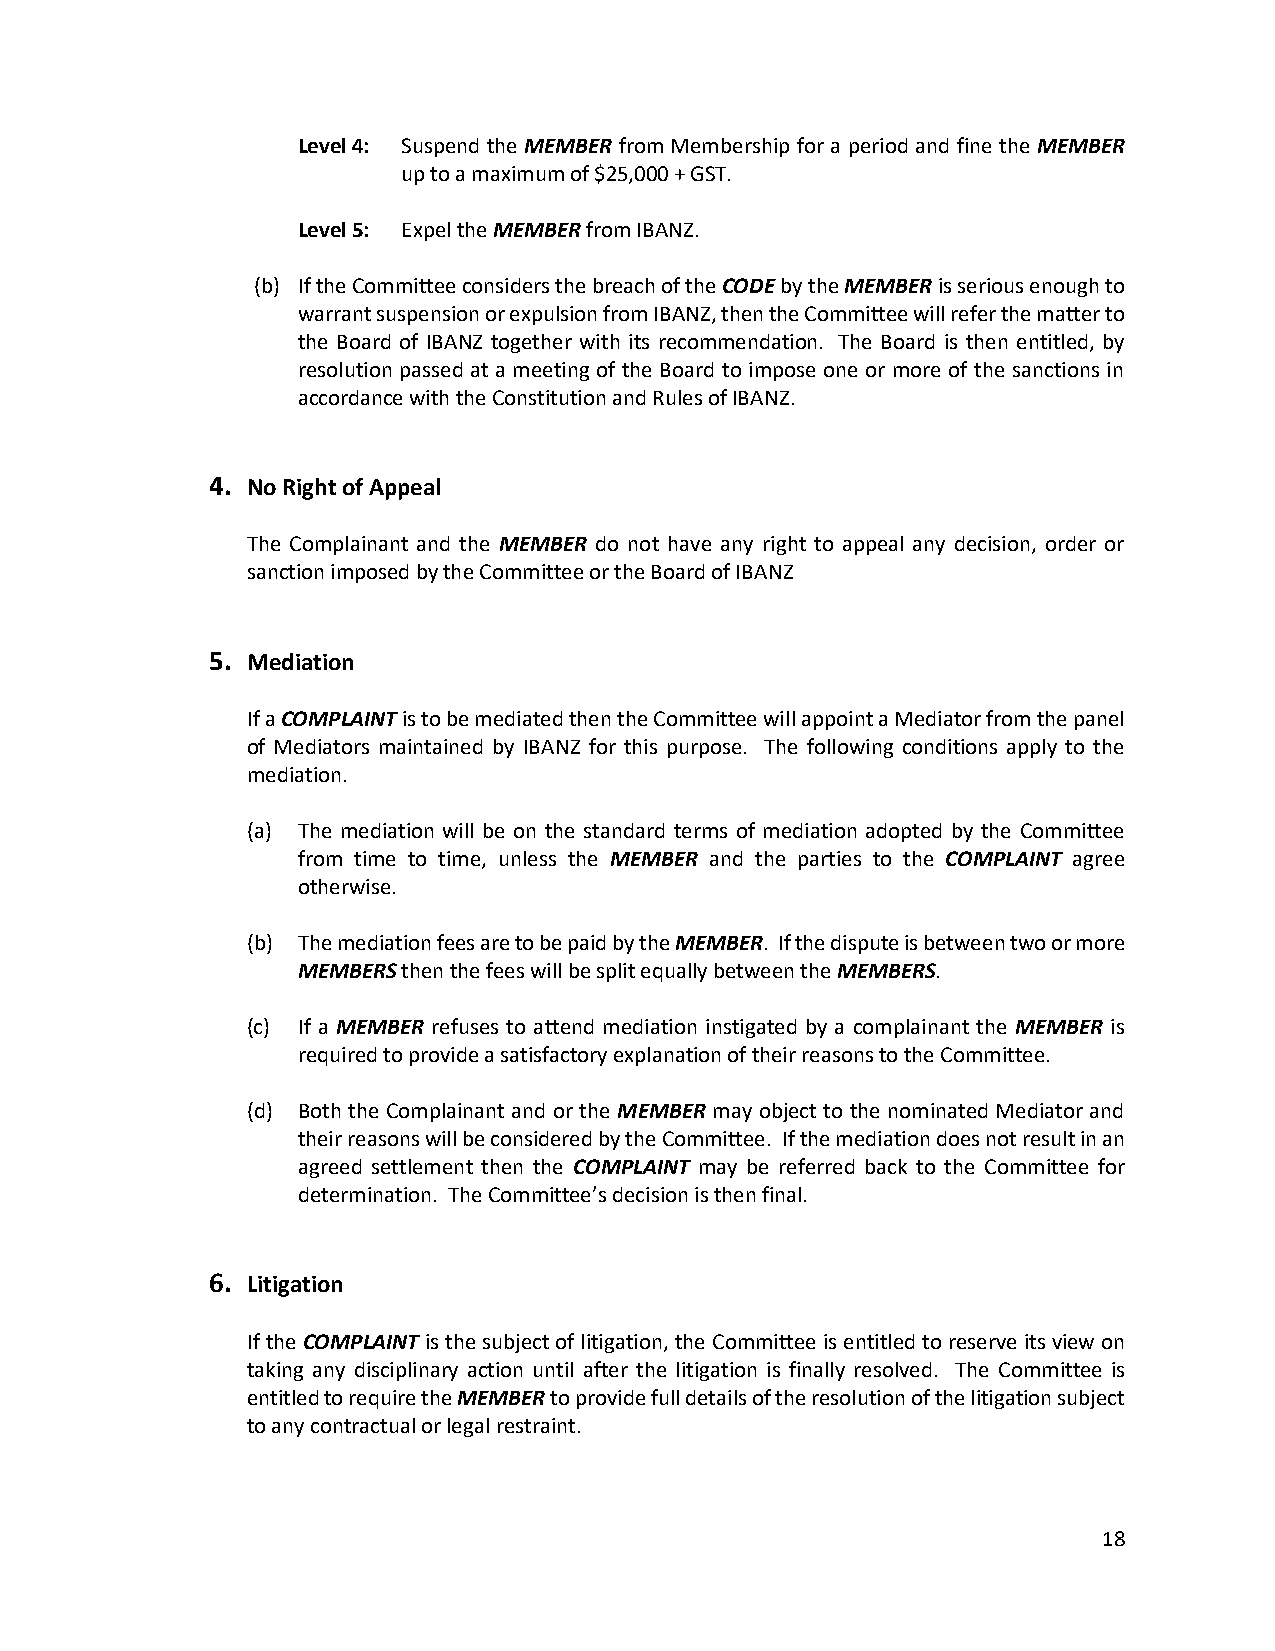
Level 4: Suspend the MEMBER from Membership for a period and fine the MEMBER
 up to a maximum of $25,000 + GST.
 Level 5: Expel the MEMBER from IBANZ.
 (b) If the Committee considers the breach of the CODE by the MEMBER is serious enough to
 warrant suspension or expulsion from IBANZ, then the Committee will refer the matter to
 the Board of IBANZ together with its recommendation. The Board is then entitled, by
 resolution passed at a meeting of the Board to impose one or more of the sanctions in
 accordance with the Constitution and Rules of IBANZ.
 4. No Right of Appeal
 The Complainant and the MEMBER do not have any right to appeal any decision, order or
 sanction imposed by the Committee or the Board of IBANZ
 5. Mediation
 If a COMPLAINT is to be mediated then the Committee will appoint a Mediator from the panel
 of Mediators maintained by IBANZ for this purpose. The following conditions apply to the
 mediation.
 (a) The mediation will be on the standard terms of mediation adopted by the Committee
 from time to time, unless the MEMBER and the parties to the COMPLAINT agree
 otherwise.
 (b) The mediation fees are to be paid by the MEMBER. If the dispute is between two or more
 MEMBERS then the fees will be split equally between the MEMBERS.
 (c) If a MEMBER refuses to attend mediation instigated by a complainant the MEMBER is
 required to provide a satisfactory explanation of their reasons to the Committee.
 (d) Both the Complainant and or the MEMBER may object to the nominated Mediator and
 their reasons will be considered by the Committee. If the mediation does not result in an
 agreed settlement then the COMPLAINT may be referred back to the Committee for
 determination. The Committee’s decision is then final.
 6. Litigation
 If the COMPLAINT is the subject of litigation, the Committee is entitled to reserve its view on
 taking any disciplinary action until after the litigation is finally resolved. The Committee is
 entitled to require the MEMBER to provide full details of the resolution of the litigation subject
 to any contractual or legal restraint.
 18